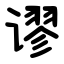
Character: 谬